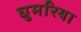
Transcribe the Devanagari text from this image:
घुमरिया